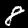
Digit: 8